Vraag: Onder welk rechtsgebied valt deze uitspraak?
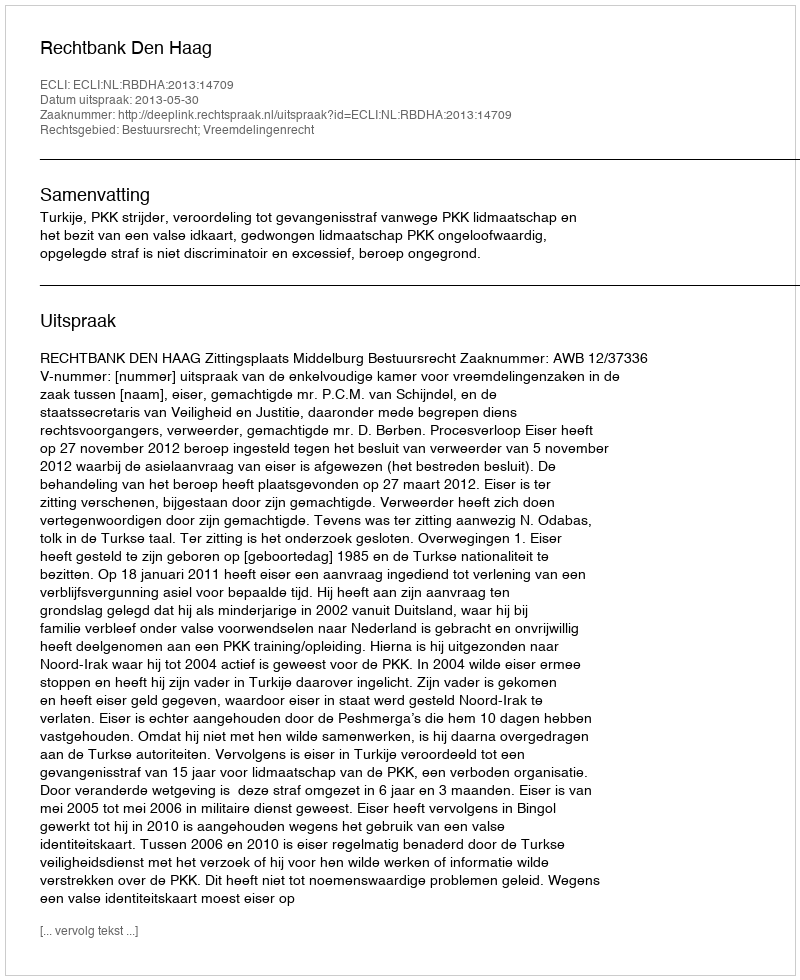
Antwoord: Bestuursrecht; Vreemdelingenrecht